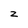
Character: z